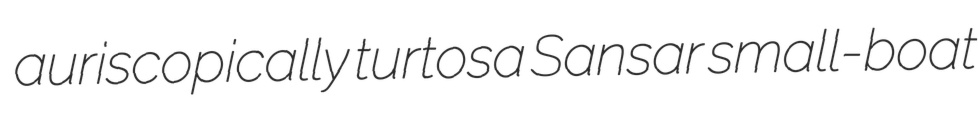
auriscopically turtosa Sansar small-boat